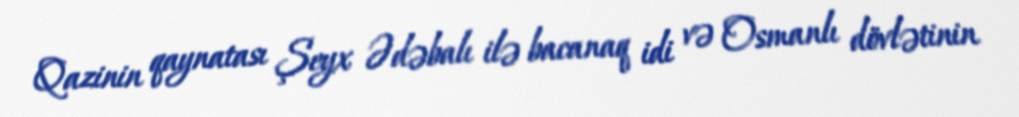
Qazinin qaynatası Şeyx Ədəbalı ilə bacanaq idi və Osmanlı dövlətinin